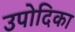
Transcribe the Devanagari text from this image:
उपोदिका